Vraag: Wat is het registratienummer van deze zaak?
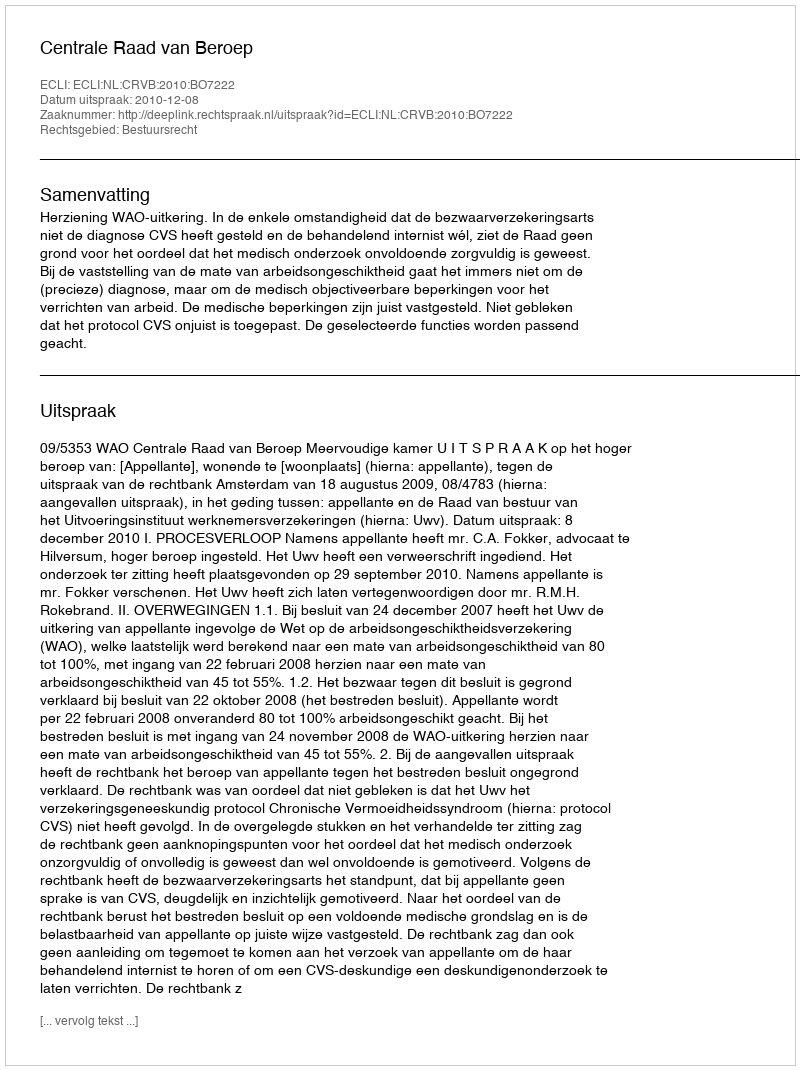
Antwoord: http://deeplink.rechtspraak.nl/uitspraak?id=ECLI:NL:CRVB:2010:BO7222